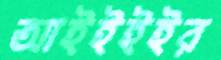
আইইইইর